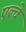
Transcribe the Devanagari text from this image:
एल्चे